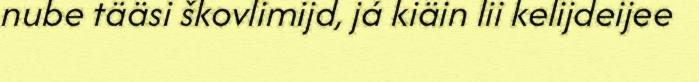
nube tääsi škovlimijd, já kiäin lii kelijdeijee